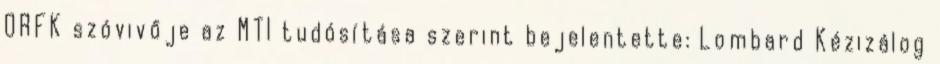
ORFK szóvivője az MTI tudósítása szerint bejelentette: Lombard Kézizálog